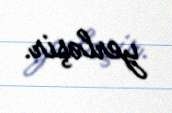
yerləşir.